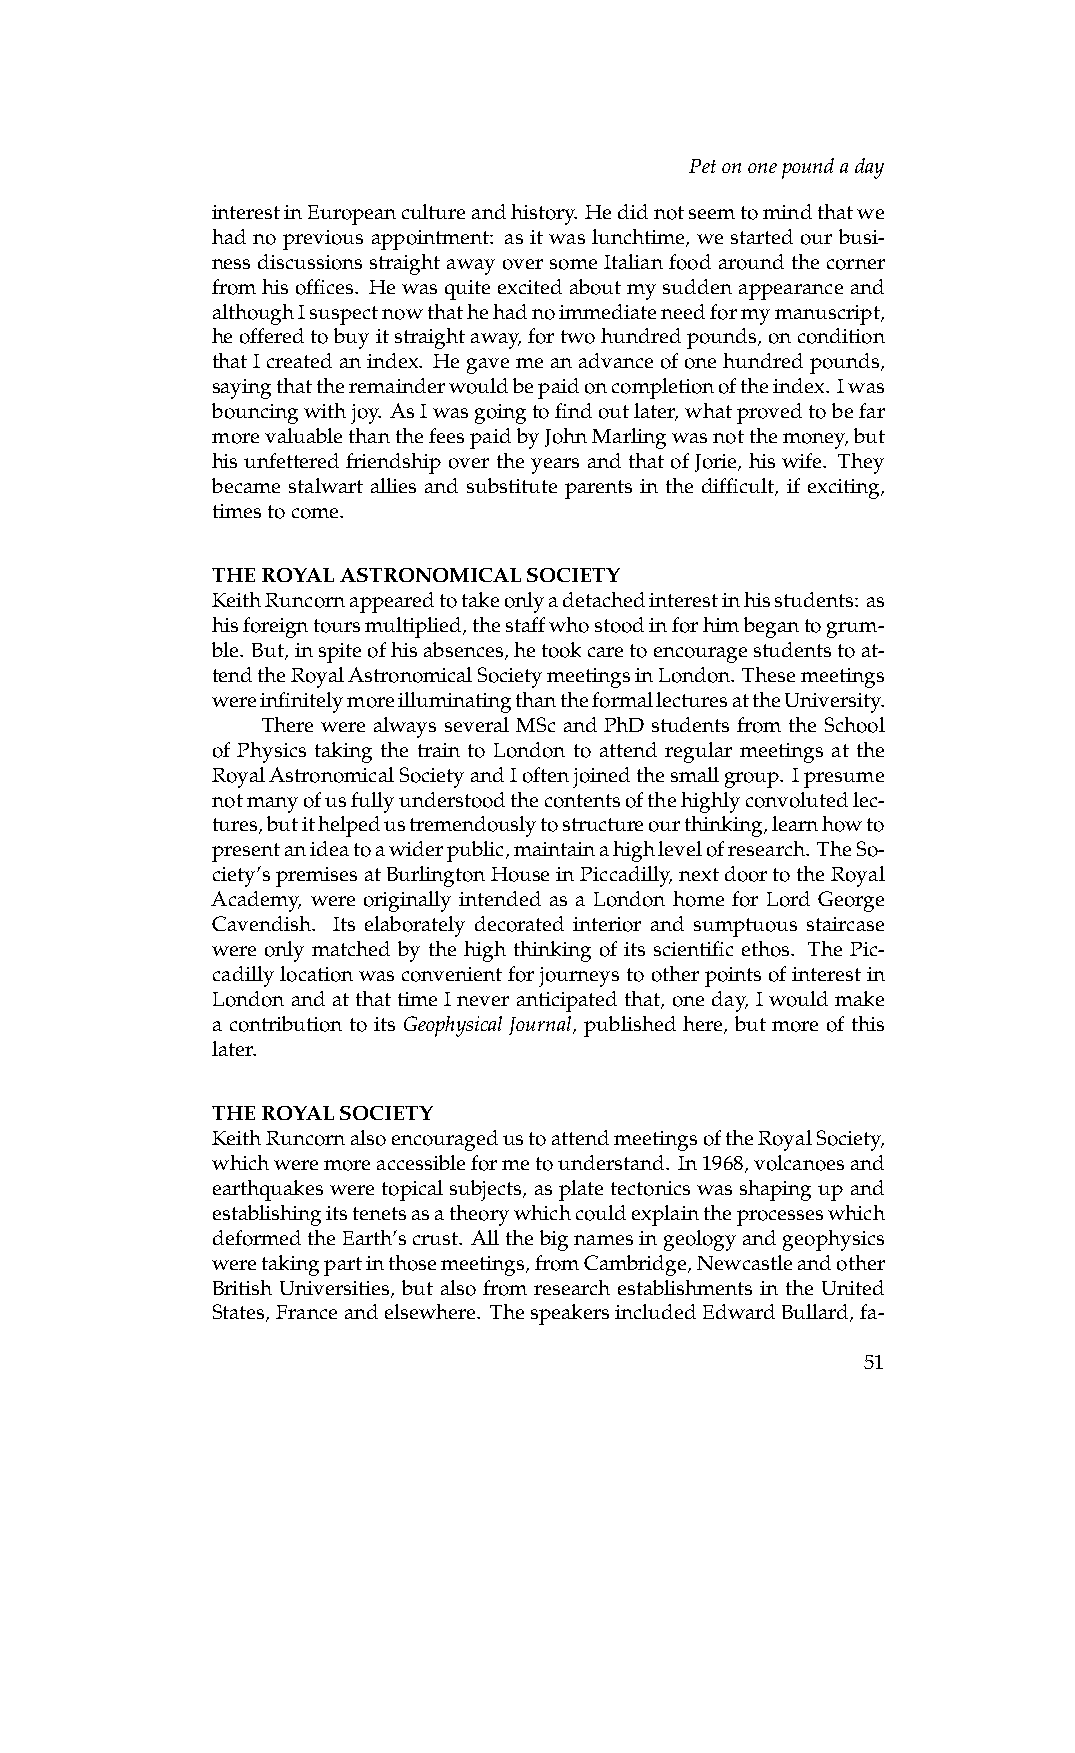
Petononepoundaday
 interestinEuropeancultureandhistory. Hedidnotseemtomindthatwe
 had no previous appointment: as it was lunchtime, we started our busi-
 nessdiscussionsstraightawayoversomeItalianfoodaroundthecorner
 fromhisoffices. Hewasquiteexcitedaboutmysuddenappearanceand
 althoughIsuspectnowthathehadnoimmediateneedformymanuscript,
 heofferedtobuyitstraightaway,fortwohundredpounds,oncondition
 thatIcreatedanindex. Hegavemeanadvanceofonehundredpounds,
 sayingthattheremainderwouldbepaidoncompletionoftheindex. Iwas
 bouncingwithjoy. AsIwasgoingtofindoutlater,whatprovedtobefar
 morevaluablethanthefeespaidbyJohnMarlingwasnotthemoney,but
 his unfettered friendship over the years and that of Jorie, his wife. They
 became stalwart allies and substitute parents in the difficult, if exciting,
 timestocome.
 THEROYALASTRONOMICALSOCIETY
 KeithRuncornappearedtotakeonlyadetachedinterestinhisstudents: as
 hisforeigntoursmultiplied,thestaffwhostoodinforhimbegantogrum-
 ble. But,inspiteofhisabsences,hetookcaretoencouragestudentstoat-
 tendtheRoyalAstronomicalSocietymeetingsinLondon. Thesemeetings
 wereinfinitelymoreilluminatingthantheformallecturesattheUniversity.
 There were always several MSc and PhD students from the School
 of Physics taking the train to London to attend regular meetings at the
 RoyalAstronomicalSocietyandIoftenjoinedthesmallgroup. Ipresume
 notmanyofusfullyunderstoodthecontentsofthehighlyconvolutedlec-
 tures,butithelpedustremendouslytostructureourthinking,learnhowto
 presentanideatoawiderpublic,maintainahighlevelofresearch. TheSo-
 ciety’spremisesatBurlingtonHouseinPiccadilly,nextdoortotheRoyal
 Academy, were originally intended as a London home for Lord George
 Cavendish. Its elaborately decorated interior and sumptuous staircase
 were only matched by the high thinking of its scientific ethos. The Pic-
 cadillylocationwasconvenientforjourneystootherpointsofinterestin
 LondonandatthattimeIneveranticipatedthat, oneday, Iwouldmake
 a contribution to its Geophysical Journal, published here, but more of this
 later.
 THEROYALSOCIETY
 KeithRuncornalsoencouragedustoattendmeetingsoftheRoyalSociety,
 whichweremoreaccessibleformetounderstand. In1968,volcanoesand
 earthquakesweretopicalsubjects,asplatetectonicswasshapingupand
 establishingitstenetsasatheorywhichcouldexplaintheprocesseswhich
 deformedtheEarth’scrust. Allthebignamesingeologyandgeophysics
 weretakingpartinthosemeetings,fromCambridge,Newcastleandother
 British Universities, but also from research establishments in the United
 States,Franceandelsewhere. ThespeakersincludedEdwardBullard,fa-
 51